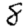
Digit: 8